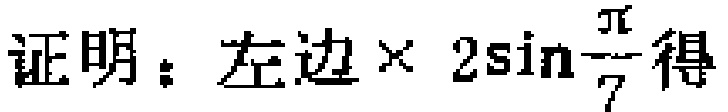
证明：左边$\times 2\sin\frac{\pi}{7}$得